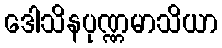
ဒေါသိနပုဏ္ဏမာသိယာ